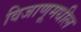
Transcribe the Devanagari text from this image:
विजाणूमधील